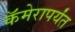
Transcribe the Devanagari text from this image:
कॅमेरापर्यंत